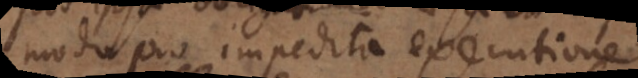
modo pro impedita executione.